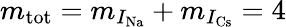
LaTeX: m_{\mathrm{tot}}=m_{I_{\mathrm{Na}}}+m_{I_{\mathrm{Cs}}}=4